system: You are a helpful assistant.
user:
Analyze the provided spectrum to determine if it is a **White Dwarf (WD)**.

A White Dwarf spectrum is defined by its **extreme purity** (due to gravitational settling) and/or **extreme pressure broadening** (due to high surface gravity). You must check for one of the following mutually exclusive signatures:

- **Key Visual Indicators (Check for ONE of these types):**

    - **1. DA-Type Signature (Most Common):**
        - **(Primary Feature):** Extreme pressure broadening (Stark broadening) of the **Hydrogen (H) Balmer lines**.
        - **(Key Lines):** $H\beta$ (approx. $4861$ Å) and $H\gamma$ (approx. $4340$ Å). $H\alpha$ (approx. $6563$ Å) will also be present if the wavelength range covers it.
        - **(Line Profile):** This is the **defining feature**. The lines are **NOT** sharp. They appear as massive, **extremely broad and deep "troughs" or "dips"** in the spectrum, often hundreds of Ångströms wide. The continuum will appear to "scoop" down at these wavelengths.
        - **(Distinction):** Normal A-type or B-type stars have *narrow* and *sharp* Hydrogen lines. A DA White Dwarf's lines are unmistakably "smeared" or "blurry" from pressure.

    - **2. DB-Type Signature:**
        - **(Primary Feature):** Broad absorption lines from **Neutral Helium (He I)**. The spectrum must lack any visible Hydrogen lines.
        - **(Key Lines):** Look for broad absorption near $4471$ Å, $4921$ Å, and $5876$ Å.
        - **(Line Profile):** These lines are also significantly pressure-broadened, appearing much wider than they would in a normal B-type main-sequence star.

    - **3. DC-Type Signature:**
        - **(Primary Feature):** A **featureless continuous spectrum**.
        - **(Line Profile):** The spectrum is a smooth curve with **no significant absorption or emission lines**.
        - **(Key Confirmation):** The continuum is almost always **blue or white**, indicating a hot object. This signature implies the atmosphere is so pure (or so cool) that no spectral lines are visible in the optical range. Its WD identity is confirmed by its extremely low intrinsic brightness (high absolute magnitude).

    - **4. DZ-Type Signature (Metal-Polluted):**
        - **(Primary Feature):** **Isolated, narrow metal absorption lines** on an otherwise featureless (DC-like) continuum.
        - **(Key Lines):** The **Calcium (Ca II) H & K doublet** (approx. **$3934$ Å** and **$3968$ Å**) is the most common and defining feature.
        - **(Line Profile):** These lines are "out of place." They are *not* part of a "forest" of thousands of lines. This signature is evidence of recent *accretion* (pollution) from rocky debris.
        - **(Distinction):** Normal G/K/M stars have a *dense forest* of thousands of metal lines. A DZ has a *clean* continuum with *only a few* strong metal lines.

    - **5. DQ-Type Signature (Carbon-Polluted):**
        - **(Primary Feature):** Absorption bands from **Carbon (C₂ "Swan Bands" or atomic C I)**.
        - **(Key Lines - C₂):** Look for bandheads with a "saw-tooth" shape near $5635$ Å, **$5165$ Å** (strongest), and $4737$ Å.
        - **(Key Confirmation):** The underlying **continuum must be blue or white** (hot).
        - **(Distinction):** This is the critical difference from a **Carbon Star**, which has the *exact same* C₂ bands but on an extremely **red, cool** continuum.

- **(Overall Spectrum):**
    - The continuum (overall shape) is typically **blue-sloping** (brighter in the blue than the red), as most white dwarfs are very hot.
    - The spectrum will look "pure" or "simple," dominated by only *one* of the five signatures listed above.

Think first, call **spectral_visualization_tool** if needed to examine features in detail, then provide your final answer. Your response must adhere to the following strict rules:
1.  **Overall Structure:** Your response must follow the format `<think>...</think> <tool_call>...</tool_call> (if a tool is used) <answer>...</answer>`.
2.  **Tool Usage Constraint:** You may only make **one** tool call per turn.
3.  **Final Answer Format:** In the `<answer>` tag, your conclusion must be inside a `\boxed{}` command (e.g., `\boxed{YES}` or `\boxed{NO}`), followed by your justification.

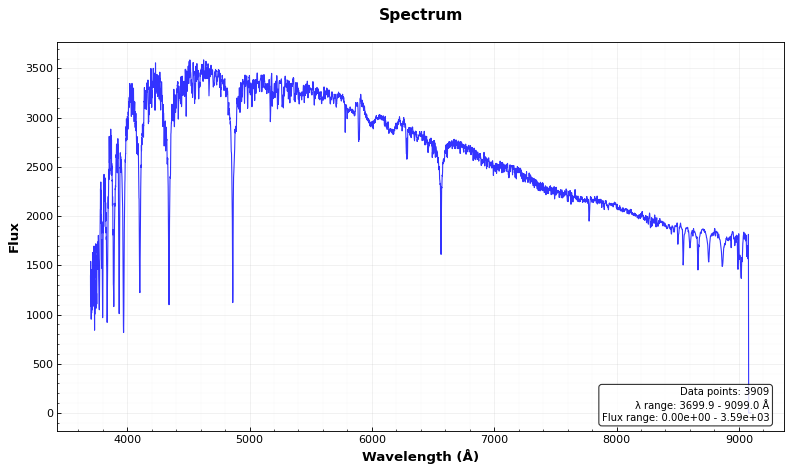
Answer: NO